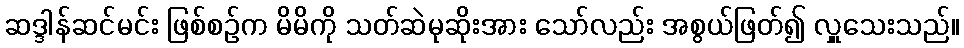
ဆဒ္ဒါန်ဆင်မင်း ဖြစ်စဉ်က မိမိကို သတ်ဆဲမုဆိုးအား သော်လည်း အစွယ်ဖြတ်၍ လှူသေးသည်။